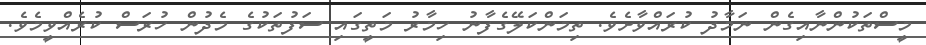
މީސްތަކުންނާއިގެން ނަމާދު ކުރައްވާށެވެ. ތިމަންކަލޭގެފާނު ހިމާރު މަތީގައި ސަފުތަކުގެ މެދުން ހުރަސް ކުރެއްވީމެވެ.